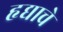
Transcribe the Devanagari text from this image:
हृद्याचे